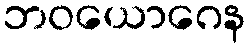
ဘဝယောဂေန